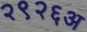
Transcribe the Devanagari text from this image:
२९२६अ